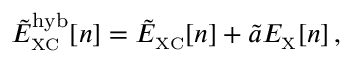
\tilde { E } _ { \scriptscriptstyle \mathrm { X C } } ^ { \mathrm { h y b } } [ n ] = \tilde { E } _ { \scriptscriptstyle \mathrm { X C } } [ n ] + \tilde { a } E _ { \scriptscriptstyle \mathrm { X } } [ n ] \, ,